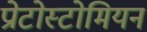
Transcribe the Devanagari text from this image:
प्रोटोस्टोमियन